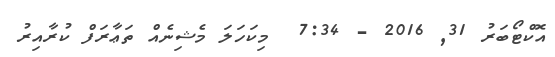
އޮކްޓޯބަރު 31